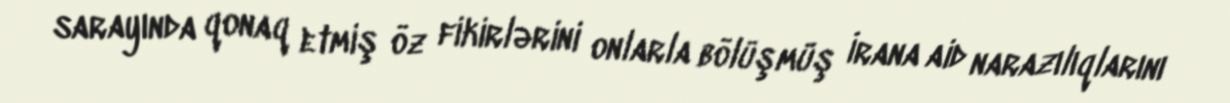
sarayında qonaq etmiş öz fikirlərini onlarla bölüşmüş İrana aid narazılıqlarını